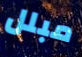
مبلل